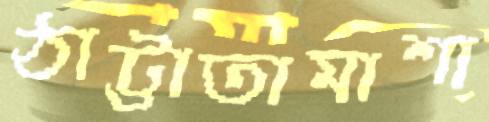
ঠাট্টাতামাশা